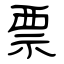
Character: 票